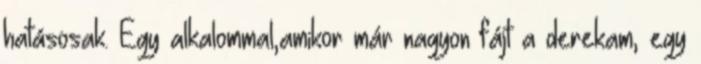
hatásosak. Egy alkalommal,amikor már nagyon fájt a derekam, egy